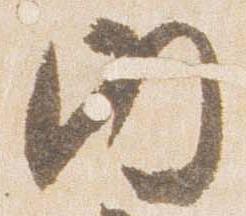
内